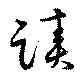
蹟